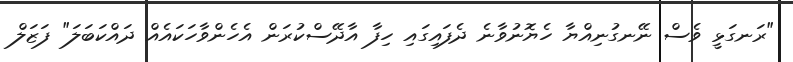
"ރަނގަޅީ ވެސް ނޭނގުނިއްޔާ ހެޔޮނުވާނެ ދެފައިގައި ހިފާ އާދޭސްކުރަން އެހެންވާހަކައެއް ދައްކަބަލަ" ފަޒަލް